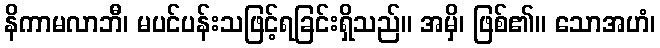
နိကာမလာဘီ၊ မပင်ပန်းသဖြင့်ရခြင်းရှိသည်။ အမှိ၊ ဖြစ်၏။ သောအဟံ၊